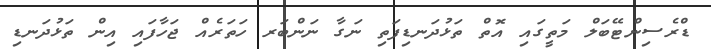
ޑްރެސިންޓޭބަލް މަތީގައި އޮތް ތަޅުދަނޑިފަތި ނަގާ ނަންބަރ ހަތަރެއް ޖަހާފައި އިން ތަޅުދަނޑި